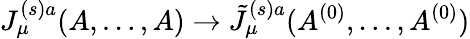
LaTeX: J_{\mu}^{(s)a}(A,\ldots,A)\rightarrow\tilde{J}_{\mu}^{(s)a}(A^{(0)},\ldots,A^{(0)})